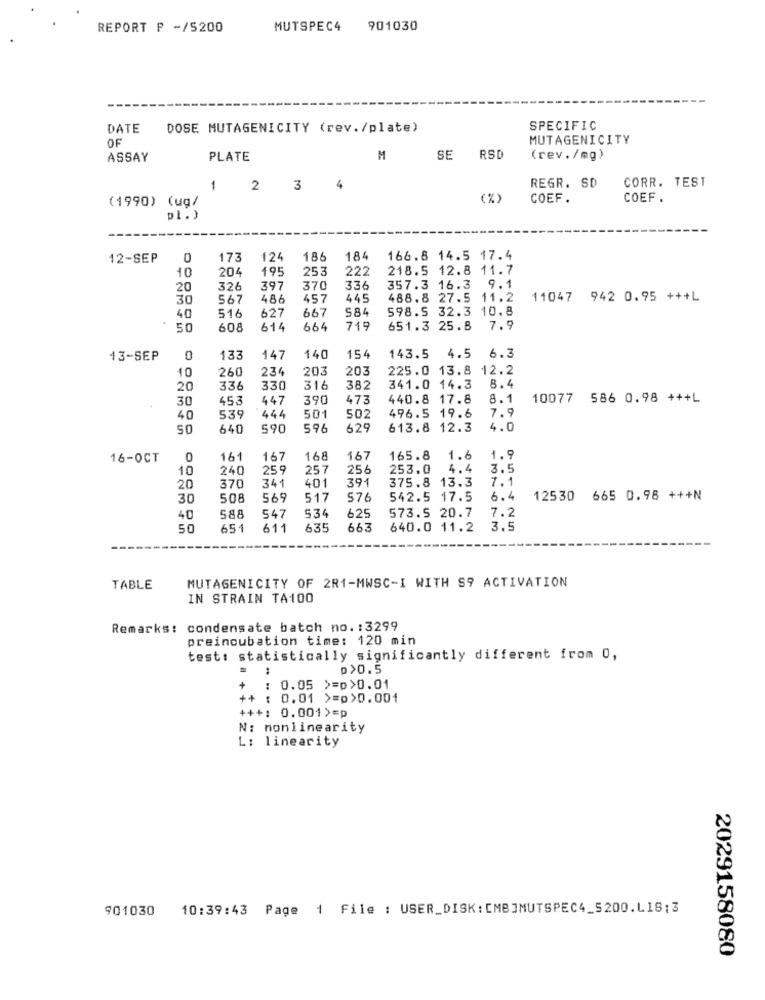
REPORT P -/5200
MUTSPEC4 901030
DATE
DOSE MUTAGENICITY (rev./plate)
SPECIFIC
MUTAGENICITY
OF
ASSAY
PLATE
M
SE RSD
(rev./mg)
CORR. TEST
1 2 3 4
REGR. SD
(%)
COEF.
COEF .
(1990) (ug/
12-SEP
0
173
124
186
184
166.8 14.5 17.4
204
195
253
222
218.5 12.8 11.7
10
20
326
397
370
336
357.3 16.3 9.1
30
567
486
457
445
488.8 27.5 11.2
11047 942 0.95 +++L
516
667
584
598.5 32.3 10.8
40
627
50
608
614
664
719
651.3 25.8 7.9
13-SEP
0
133
147
140
154
143.5 4.5 6.3
260
234
203
203
225.0 13.8 12.2
10
8.4
20
336
330
316
382
341.0 14.3
30
453
447
390
473
440.8 17.8
8.1
10077 586 0.98 +++L
501
7.9
40
539
444
502
496.5 19.6
SO
640
590
596
629
613.8 12.3
4.0
16-OCT
0
161
167
168
167
165.8
1.6
1.9
10
240
259
257
256
253.0
4.4
3.5
341
401
391
375.8 13.3
7.1
20
370
30
508
569
517
576
542.5 17.5
6.4
12530 665 0.98 +++N
573.5 20.7
40
588
547
534
625
7.2
50
651
611
635
663
640.0 11.2
3.5
TABLE
MUTAGENICITY OF 2R1-MWSC-I WITH S9 ACTIVATION
IN STRAIN TA100
Remarks: condensate batch no. : 3299
preincubation time: 120 min
test: statistically significantly different from 0,
p>0.5
+
: 0.05 >=0>0.01
++ : 0.01 >=p>0.001
+++: 0.001>=p
N: nonlinearity
L: linearity
901030 10:39:43 Page 1 File : USER_DISK: CMBJMUTSPEC4_5200.LIS;3
2029158080